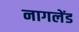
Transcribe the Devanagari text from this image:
नागलेंड